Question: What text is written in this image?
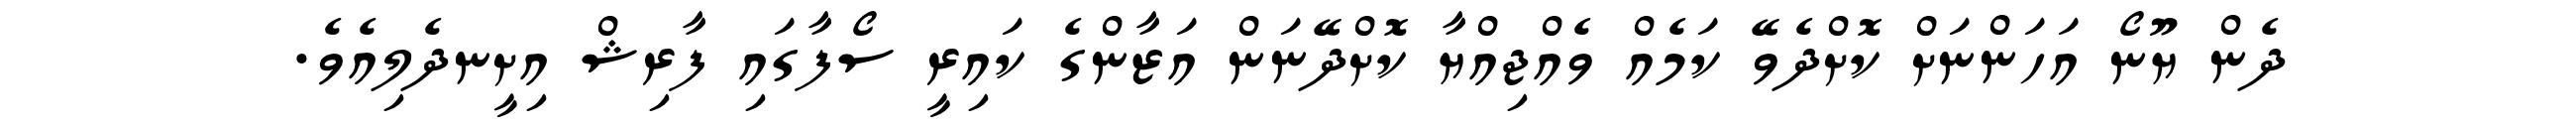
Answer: ދެން ޔޫނޯ އަހަންނަށް ކޮށްދެވޭ ކަމެއް ވެއްޖިއްޔާ ކޮށްދޭނަން އަޒާންގެ ކައިރީ ސޯފާގައި ފާރިޝް އިށީނދެލިއެވެ.